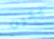
يكون